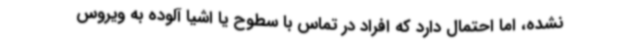
نشده، اما احتمال دارد که افراد در تماس با سطوح یا اشیا آلوده به ویروس